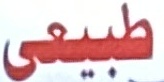
طبيعى